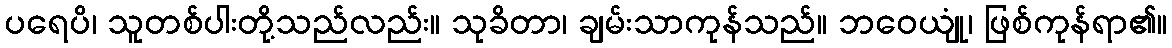
ပရေပိ၊ သူတစ်ပါးတို့သည်လည်း။ သုခိတာ၊ ချမ်းသာကုန်သည်။ ဘဝေယျုံ၊ ဖြစ်ကုန်ရာ၏။